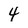
Character: 4